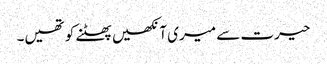
حیرت سے میری آنکھیں پھٹنے کو تھیں۔